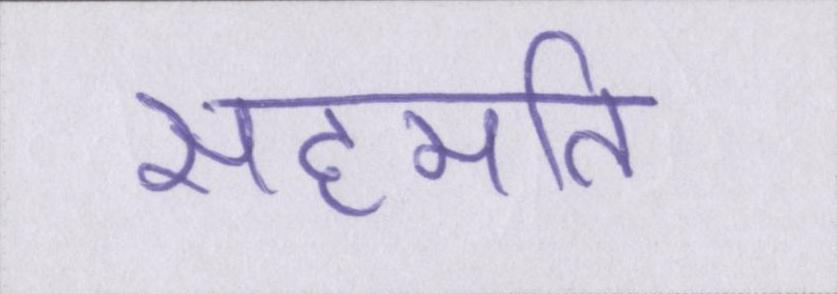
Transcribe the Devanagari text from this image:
सहमति